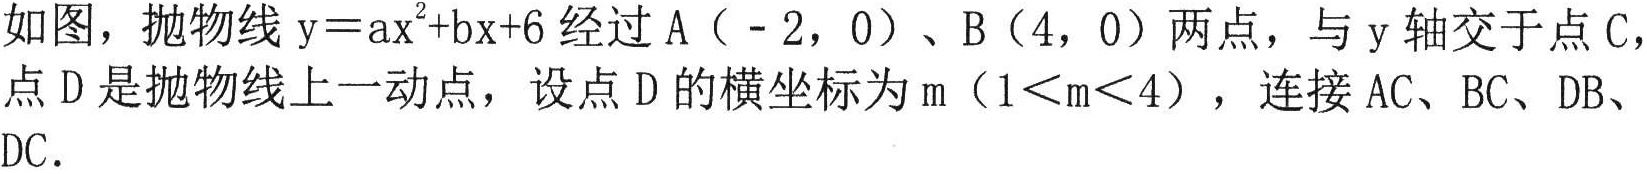
如图，抛物线\(y = ax^{2}+bx + 6\)经过\(A(-2,0)\)、\(B(4,0)\)两点，与\(y\)轴交于点\(C\)，点\(D\)是抛物线上一动点，设点\(D\)的横坐标为\(m(1 < m < 4)\)，连接\(AC\)、\(BC\)、\(DB\)、\(DC\)。